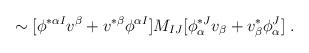
LaTeX: \begin{align*}\sim [\phi ^{* \alpha I} v^\beta + v^{*\beta} \phi ^{ \alpha I}] M_{IJ} [\phi_{ \alpha} ^{* J} v_\beta + v^{*}_{\beta} \phi_{ \alpha}^J] \ .\end{align*}